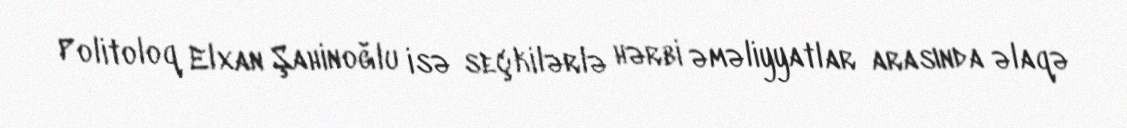
Politoloq Elxan Şahinoğlu isə seçkilərlə hərbi əməliyyatlar arasında əlaqə